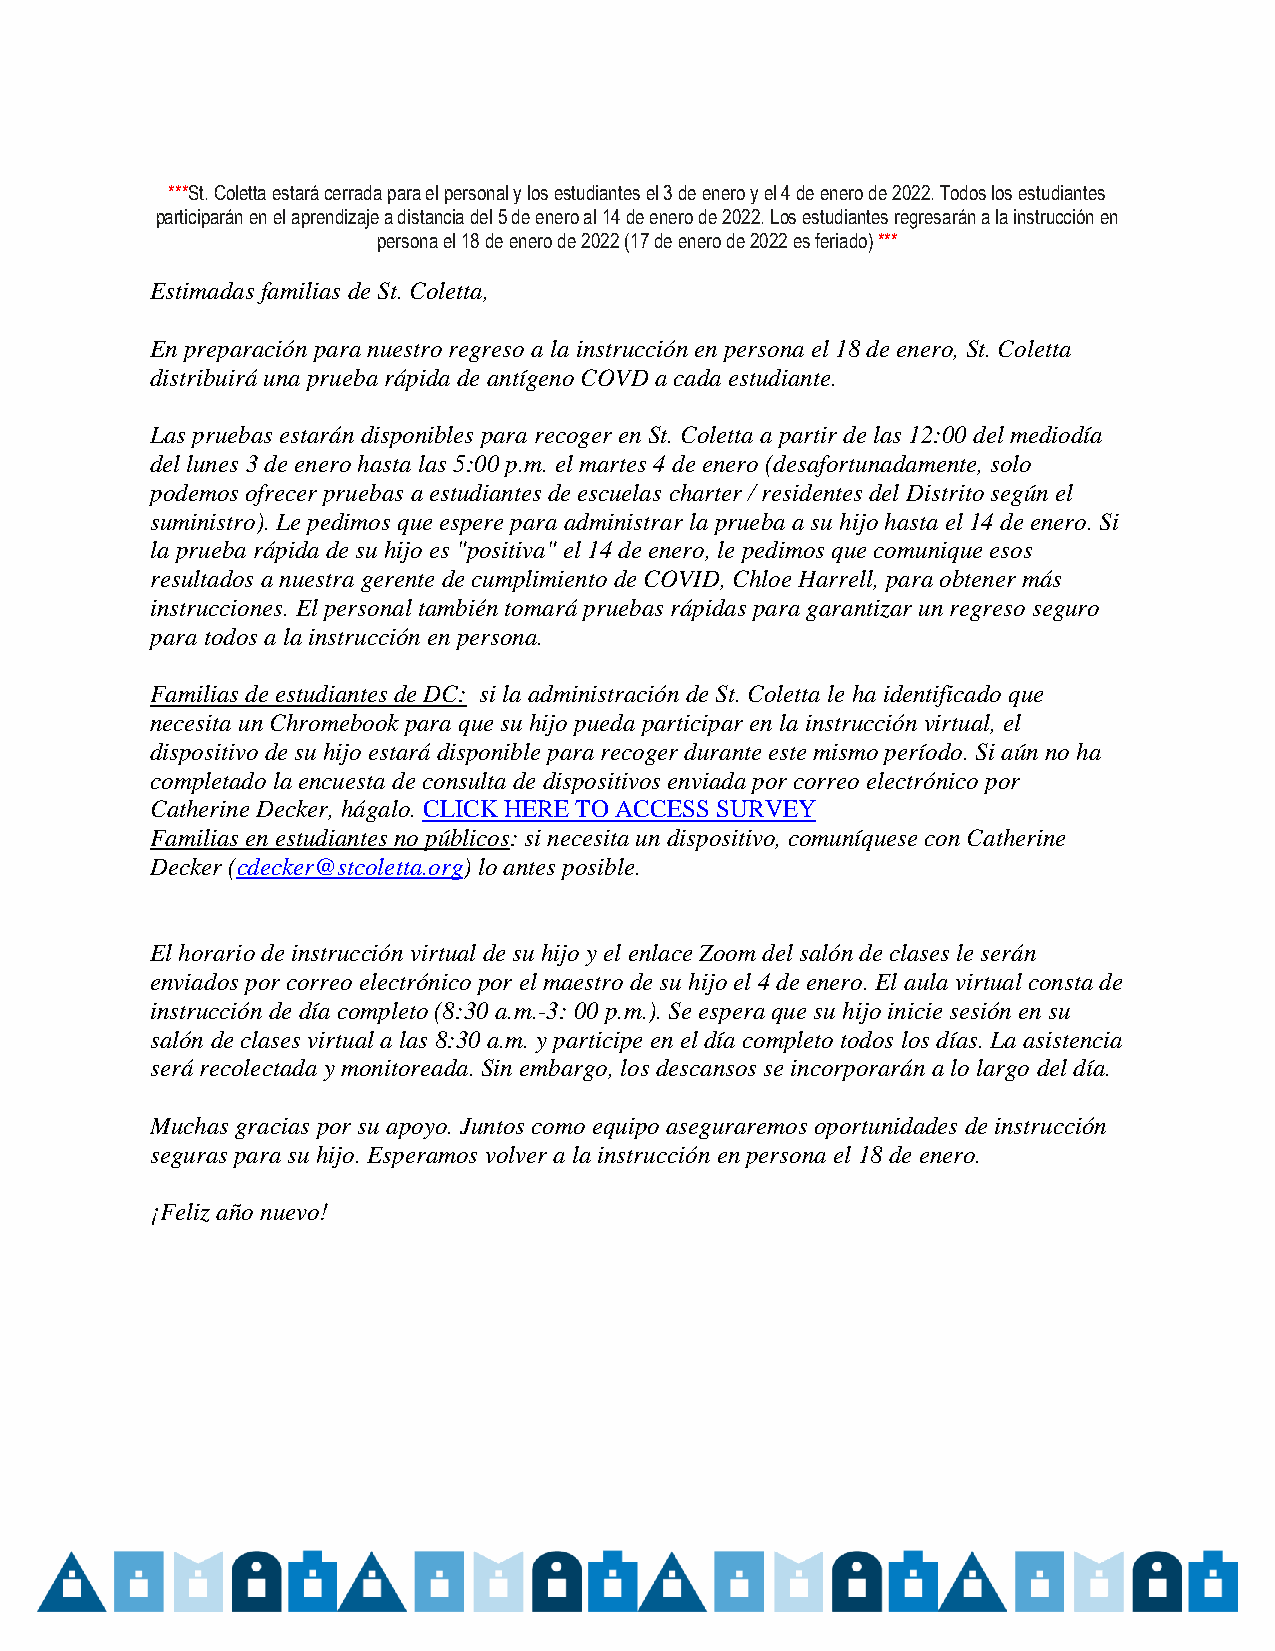
***St. Coletta estará cerrada para el personal y los estudiantes el 3 de enero y el 4 de enero de 2022. Todos los estudiantes
 participarán en el aprendizaje a distancia del 5 de enero al 14 de enero de 2022. Los estudiantes regresarán a la instrucción en
 persona el 18 de enero de 2022 (17 de enero de 2022 es feriado) ***
 Estimadas familias de St. Coletta,
 En preparación para nuestro regreso a la instrucción en persona el 18 de enero, St. Coletta
 distribuirá una prueba rápida de antígeno COVD a cada estudiante.
 Las pruebas estarán disponibles para recoger en St. Coletta a partir de las 12:00 del mediodía
 del lunes 3 de enero hasta las 5:00 p.m. el martes 4 de enero (desafortunadamente, solo
 podemos ofrecer pruebas a estudiantes de escuelas charter / residentes del Distrito según el
 suministro). Le pedimos que espere para administrar la prueba a su hijo hasta el 14 de enero. Si
 la prueba rápida de su hijo es "positiva" el 14 de enero, le pedimos que comunique esos
 resultados a nuestra gerente de cumplimiento de COVID, Chloe Harrell, para obtener más
 instrucciones. El personal también tomará pruebas rápidas para garantizar un regreso seguro
 para todos a la instrucción en persona.
 Familias de estudiantes de DC: si la administración de St. Coletta le ha identificado que
 necesita un Chromebook para que su hijo pueda participar en la instrucción virtual, el
 dispositivo de su hijo estará disponible para recoger durante este mismo período. Si aún no ha
 completado la encuesta de consulta de dispositivos enviada por correo electrónico por
 Catherine Decker, hágalo. CLICK HERE TO ACCESS SURVEY
 Familias en estudiantes no públicos: si necesita un dispositivo, comuníquese con Catherine
 Decker (cdecker@stcoletta.org) lo antes posible.
 El horario de instrucción virtual de su hijo y el enlace Zoom del salón de clases le serán
 enviados por correo electrónico por el maestro de su hijo el 4 de enero. El aula virtual consta de
 instrucción de día completo (8:30 a.m.-3: 00 p.m.). Se espera que su hijo inicie sesión en su
 salón de clases virtual a las 8:30 a.m. y participe en el día completo todos los días. La asistencia
 será recolectada y monitoreada. Sin embargo, los descansos se incorporarán a lo largo del día.
 Muchas gracias por su apoyo. Juntos como equipo aseguraremos oportunidades de instrucción
 seguras para su hijo. Esperamos volver a la instrucción en persona el 18 de enero.
 ¡Feliz año nuevo!